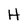
Character: H